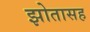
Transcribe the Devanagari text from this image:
झोतासह